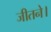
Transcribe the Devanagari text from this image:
जीतने।